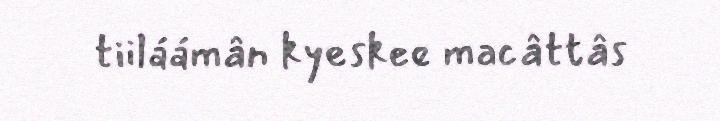
tiiláámân kyeskee macâttâs